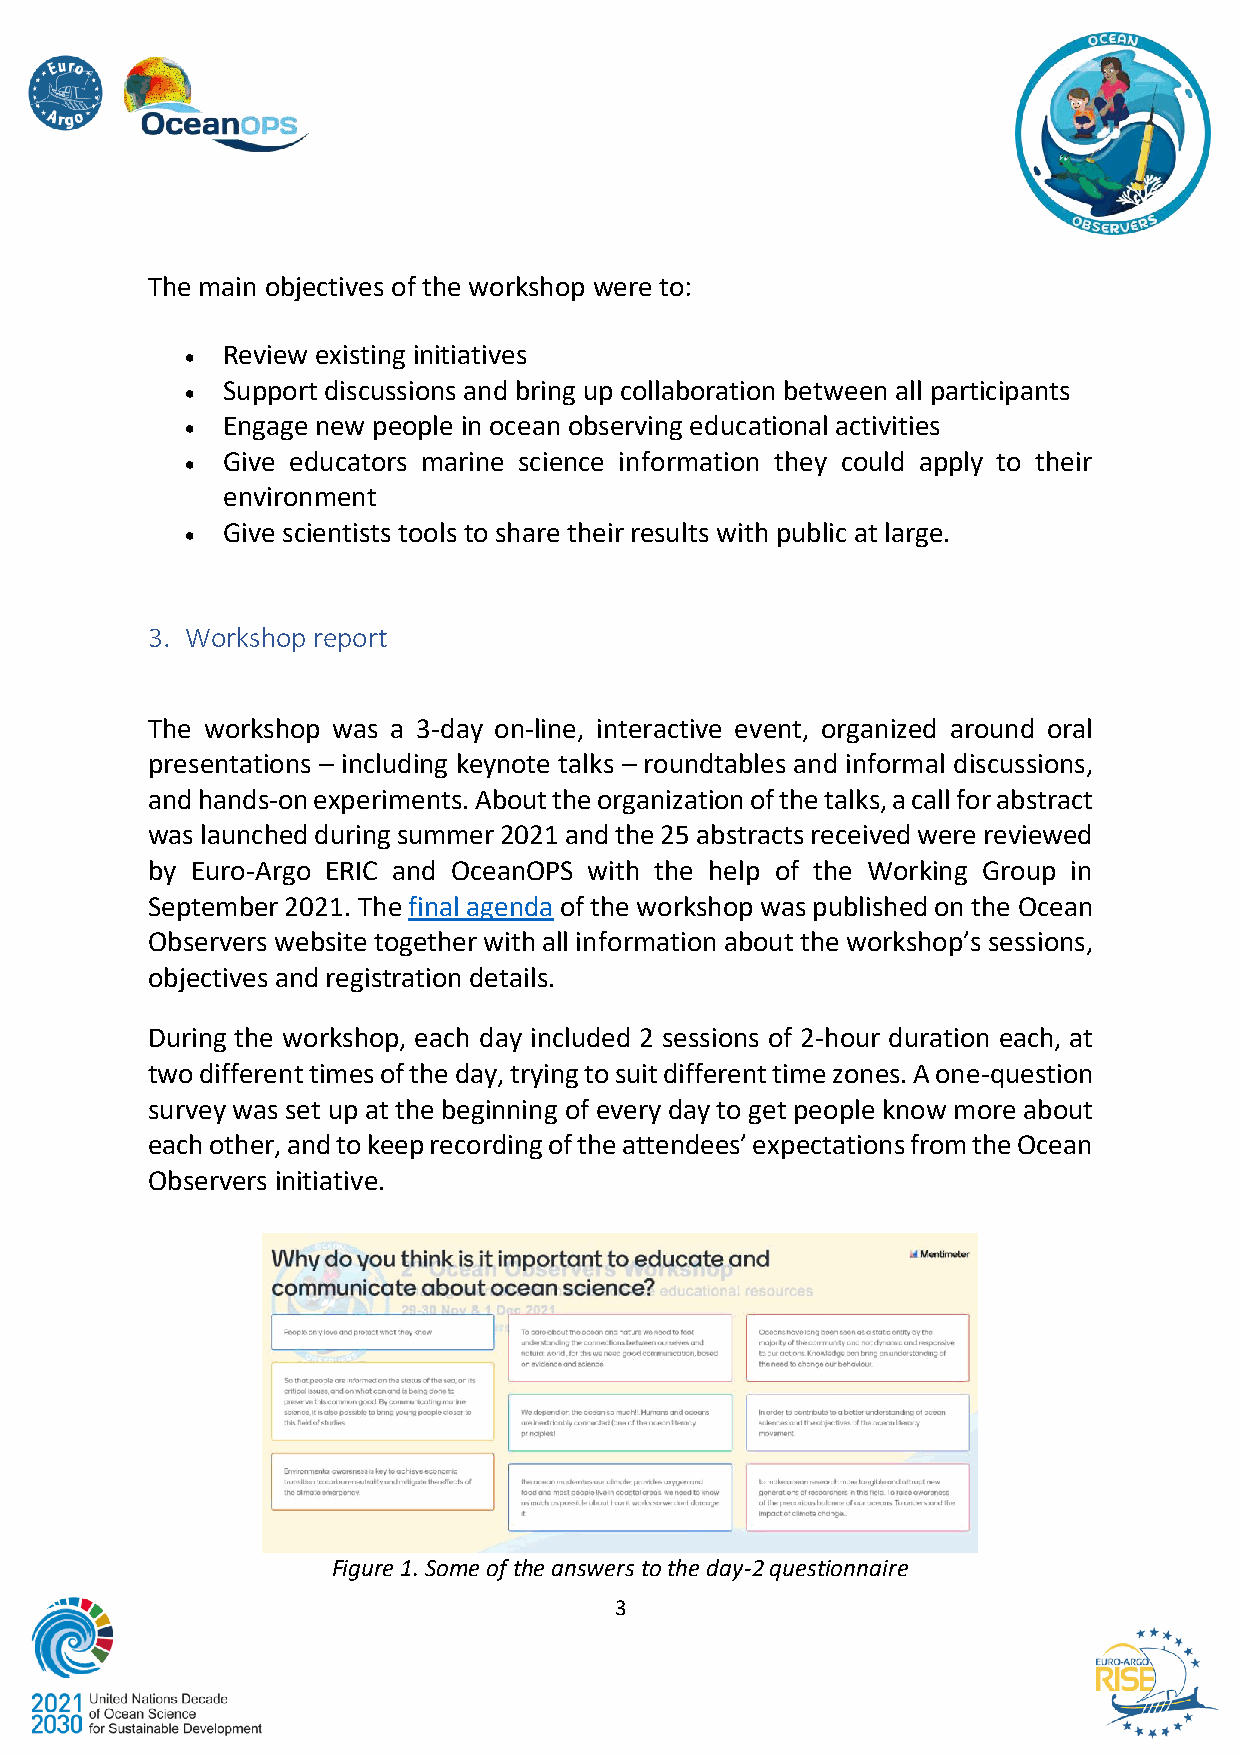
The main objectives of the workshop were to:
 •  Review existing initiatives
 •  Support discussions and bring up collaboration between all participants
 •  Engage new people in ocean observing educational activities
 •  Give educators marine science information they could apply to their
 environment
 •  Give scientists tools to share their results with public at large.
 3. Workshop report
 The workshop was a 3-day on-line, interactive event, organized around oral
 presentations – including keynote talks – roundtables and informal discussions,
 and hands-on experiments. About the organization of the talks, a call for abstract
 was launched during summer 2021 and the 25 abstracts received were reviewed
 by Euro-Argo ERIC and OceanOPS with the help of the Working Group in
 September 2021. The final agenda of the workshop was published on the Ocean
 Observers website together with all information about the workshop’s sessions,
 objectives and registration details.
 During the workshop, each day included 2 sessions of 2-hour duration each, at
 two different times of the day, trying to suit different time zones. A one-question
 survey was set up at the beginning of every day to get people know more about
 each other, and to keep recording of the attendees’ expectations from the Ocean
 Observers initiative.
 Figure 1. Some of the answers to the day-2 questionnaire
 3